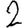
Digit: 2